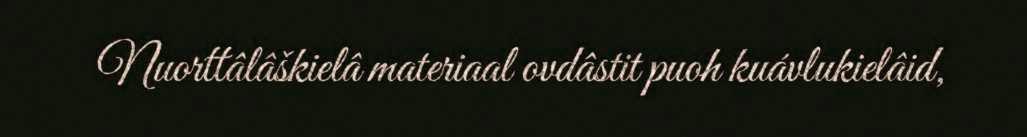
Nuorttâlâškielâ materiaal ovdâstit puoh kuávlukielâid,